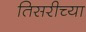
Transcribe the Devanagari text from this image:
तिसरीच्या